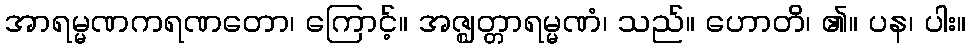
အာရမ္မဏကရဏတော၊ ကြောင့်။ အဇ္ဈတ္တာရမ္မဏံ၊ သည်။ ဟောတိ၊ ၏။ ပန၊ ပါး။